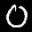
Label: 0